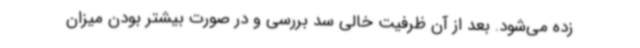
زده می‌شود. بعد از آن ظرفیت خالی سد بررسی و در صورت بیشتر بودن میزان